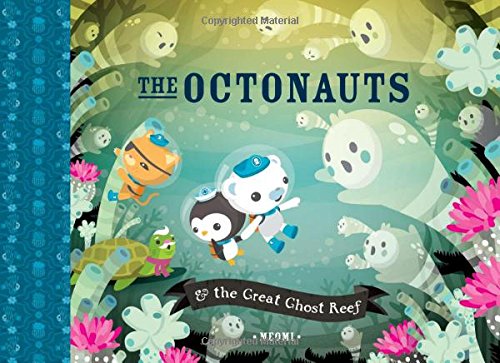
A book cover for The Octonauts and the Great Ghost Reef; Meomi; Children's Books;